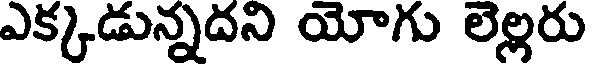
ఎక్కడున్నదని యోగు లెల్లరు